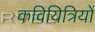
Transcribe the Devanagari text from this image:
कवियित्रियों